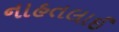
નાહતલાઈ